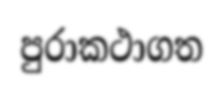
පුරාකථාගත